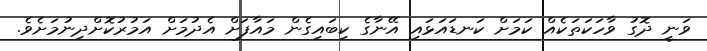
ވަނީ ދޮގު ވާހަކަތަކެއް ކަމަށް ކަނޑައަޅައި އޭނާގެ ކިބައިގެން މައާފަށް އެދުމަށް އަމުރުކޮށްދިނުމަށެވެ.